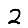
Digit: 2